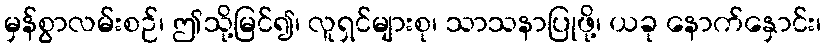
မှန်စွာလမ်းစဉ်၊ ဤသို့မြင်၍၊ လူရှင်များစု၊ သာသနာပြုဖို့၊ ယခု နောက်နှောင်း၊